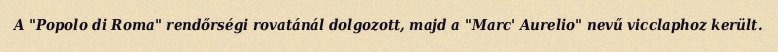
A "Popolo di Roma" rendőrségi rovatánál dolgozott, majd a "Marc' Aurelio" nevű vicclaphoz került.